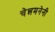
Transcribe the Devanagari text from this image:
चेन्नमनेनी